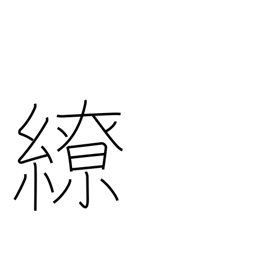
Meaning: twist around